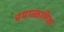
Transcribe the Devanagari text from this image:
चमात्कारिक